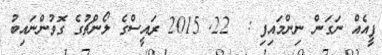
ފީއެއް ނަގަން ނިންމައިފި :  22